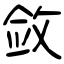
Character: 敛